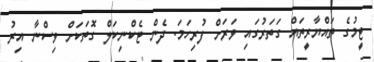
ޓީމުގެ ތައްޔާރީތައް ގަތަރުގައި ވަރަށް ފުރިހަމަ. ދެން ޓެކްނިކަލް ގޮތަކަށް ވިސްނާ އިރު